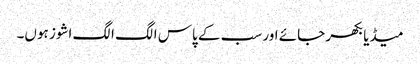
میڈیا بکھر جائے اور سب کے پاس الگ الگ اشوز ہوں۔